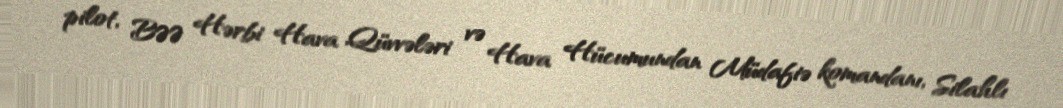
pilot, BƏƏ Hərbi Hava Qüvvələri və Hava Hücumundan Müdafiə komandanı, Silahlı